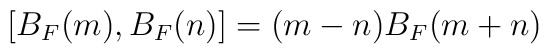
[B_F(m),B_F(n)] = (m-n)B_F(m+n)